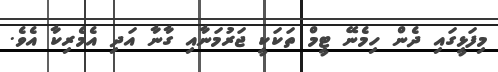
މިފަޅީގައި ދެން ހިމެނޭ ޓީމް ތަކަކީ ޖަރުމަނާއި ގާނާ އަދި އެމެރިކާ އެވެ.